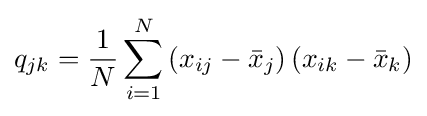
q_{jk}={\frac {1}{N}}\sum _{i=1}^{N}\left(x_{ij}-{\bar {x}}_{j}\right)\left(x_{ik}-{\bar {x}}_{k}\right)